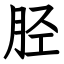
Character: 胫